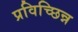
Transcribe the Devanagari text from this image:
प्रविच्छिन्न